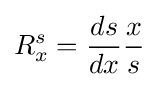
R_{x}^{s}={\frac {ds}{dx}}{\frac {x}{s}}